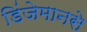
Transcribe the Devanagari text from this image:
डिंजेमानसे